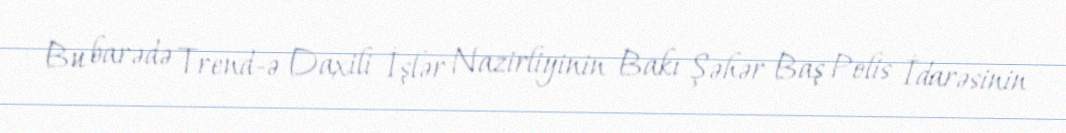
Bu barədə Trend-ə Daxili İşlər Nazirliyinin Bakı Şəhər Baş Polis İdarəsinin